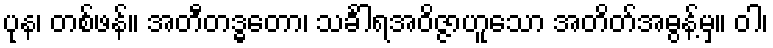
ပုန၊ တစ်ဖန်။ အတီတဒ္ဓတော၊ သင်္ခါရအဝိဇ္ဇာဟူသော အတိတ်အဓွန့်မှ။ ဝါ၊